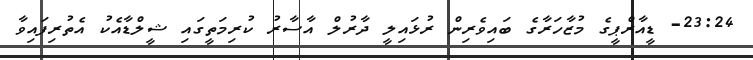
23:24- ޑީއާރްޕީގެ މުޒާހަރާގެ ބައިވެރިން ރުޅައިލީ ދާރުލް އާސާރު ކުރިމަތީގައި ޝީލްޑާއެކު އެތުރިފައިވާ